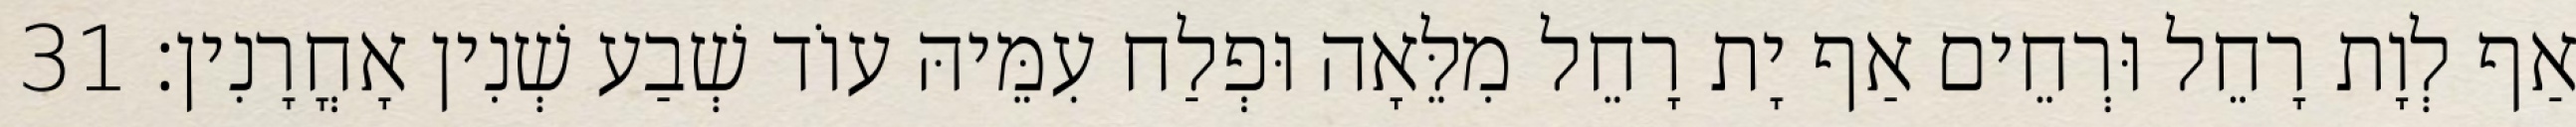
אַף לְוָת רָחֵל וּרְחֵים אַף יָת רָחֵל מִלֵּאָה וּפְלַח עִמֵּיהּ עוֹד שְׁבַע שְׁנִין אָחֳרָנִין׃ 31